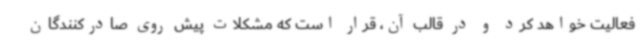
فعالیت خواهد کرد و در قالب آن، قرار است که مشکلات پیش روی صادرکنندگان